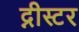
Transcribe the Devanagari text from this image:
द्नीस्टर